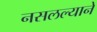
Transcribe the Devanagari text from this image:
नसलल्याने